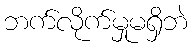
ဘက်လိုက်မှုမရှိဘဲ